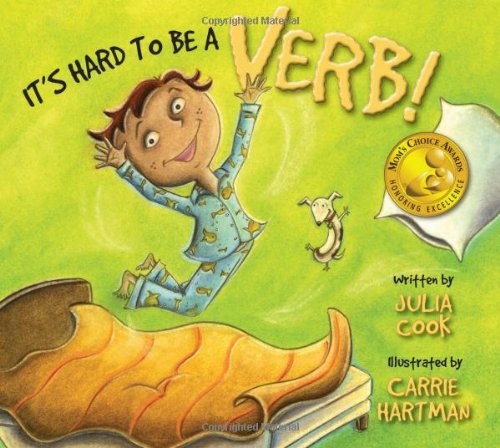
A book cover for It's Hard To Be a Verb!; Julia Cook; Business & Money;